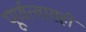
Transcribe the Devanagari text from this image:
पूर्णत्वासही